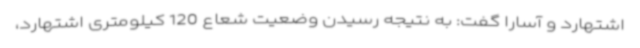
اشتهارد و آسارا گفت: به نتیجه رسیدن وضعیت شعاع 120 کیلومتری اشتهارد،